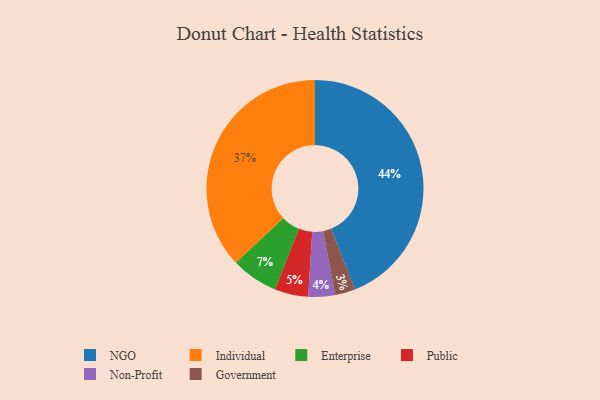
{"axis": {"x": "Category", "y": "Percentage"}, "legend": ["Enterprise", "Government", "Individual", "NGO", "Non-Profit", "Public"], "data": [{"x": "Individual", "y": 37, "type": "Individual"}, {"x": "Non-Profit", "y": 4, "type": "Non-Profit"}, {"x": "Government", "y": 3, "type": "Government"}, {"x": "Public", "y": 5, "type": "Public"}, {"x": "NGO", "y": 44, "type": "NGO"}, {"x": "Enterprise", "y": 7, "type": "Enterprise"}]}